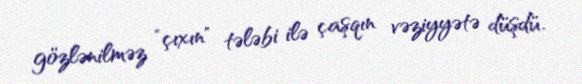
gözlənilməz "çıxın" tələbi ilə çaşqın vəziyyətə düşdü.